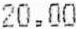
20.00